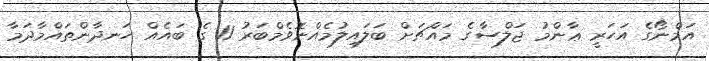
އަމްނޯގެ އަހަރީ ޢާންމު ޖަލްސާގެ މައްޗަށް ބަލައިލުމެއްނޮވެމްބަރު 11 ގެ ބައެއް ހަނދާންތައްމާދަމާ